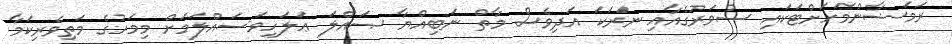
ރަމަޟާންމަހަށްޓަކައި ސުވަރުގެއާއި ނަރަކަ އަދިވެސް މާތް ނަބިއްޔާ ޞައްލަ ޢަލަހިވަސައްލަމަށް މިމަހުގެ މަތިވެރިކަމާ